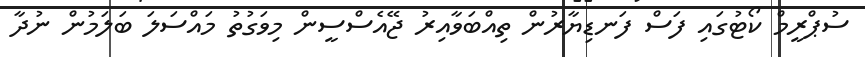
ސުޕްރީމް ކޯޓުގައި ފަސް ފަނޑިޔާރުން ތިއްބަވާއިރު ޖޭއެސްސީން މިވަގުތު މައްސަލަ ބަލަމުން ނުދާ